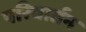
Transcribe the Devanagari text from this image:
परिवार्तन